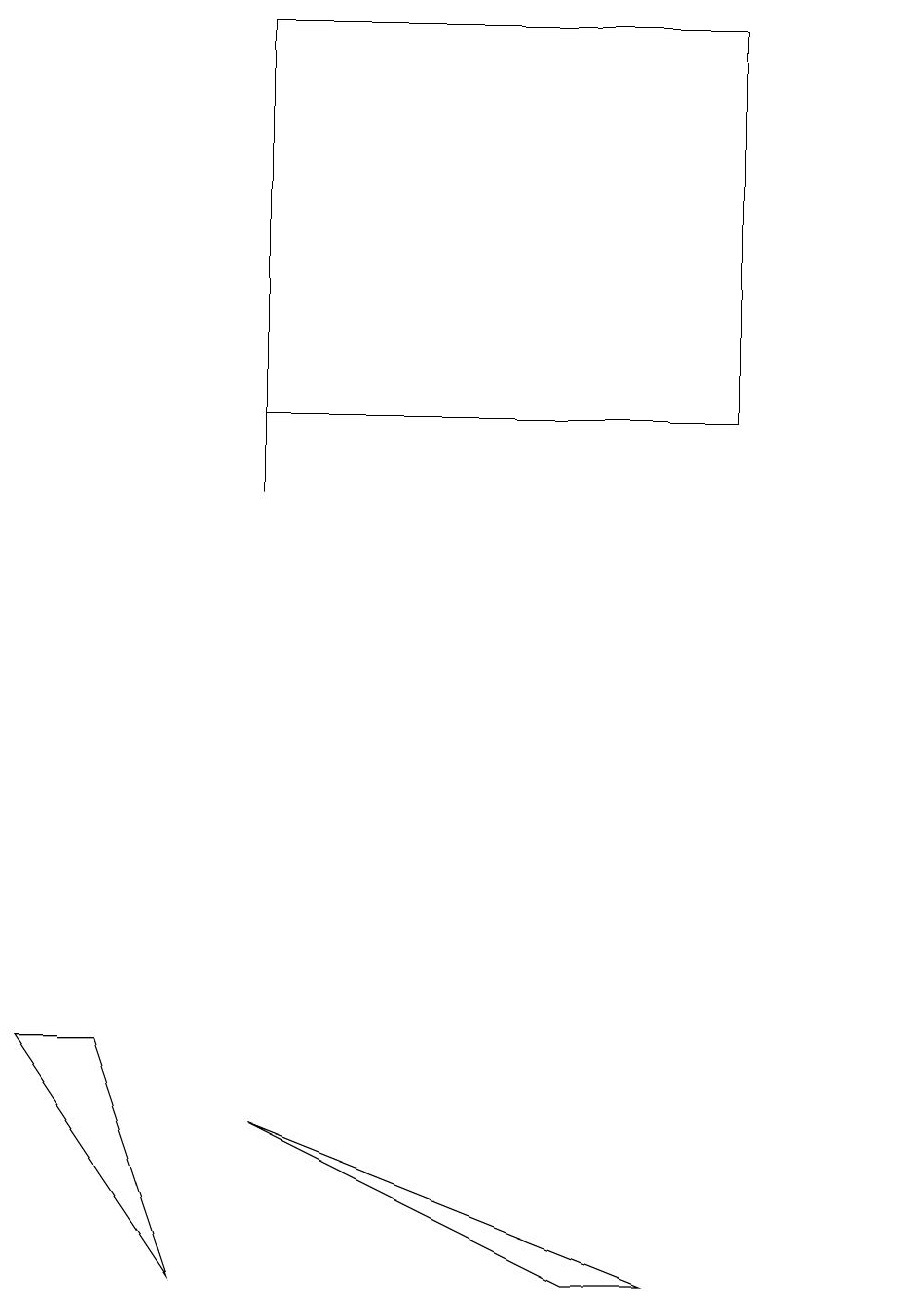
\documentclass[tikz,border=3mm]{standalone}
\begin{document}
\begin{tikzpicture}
\draw (0,5) -- (2,2) -- (1,5) -- cycle;
\draw (7,2) -- (8,2) -- (3,4) -- cycle;
\draw (3,12) rectangle (3,16);
\draw (11,12) circle (0);
\draw (9,13) rectangle (3,18);
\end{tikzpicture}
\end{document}